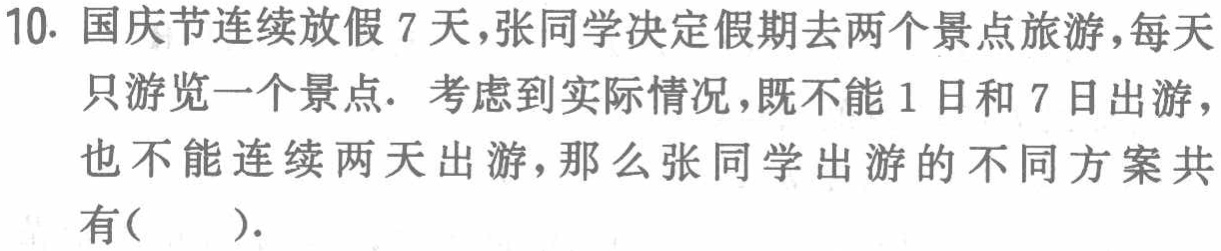
10. 国庆节连续放假 7 天，张同学决定假期去两个景点旅游，每天只游览一个景点. 考虑到实际情况，既不能 1 日和 7 日出游，也不能连续两天出游，那么张同学出游的不同方案共有( ).